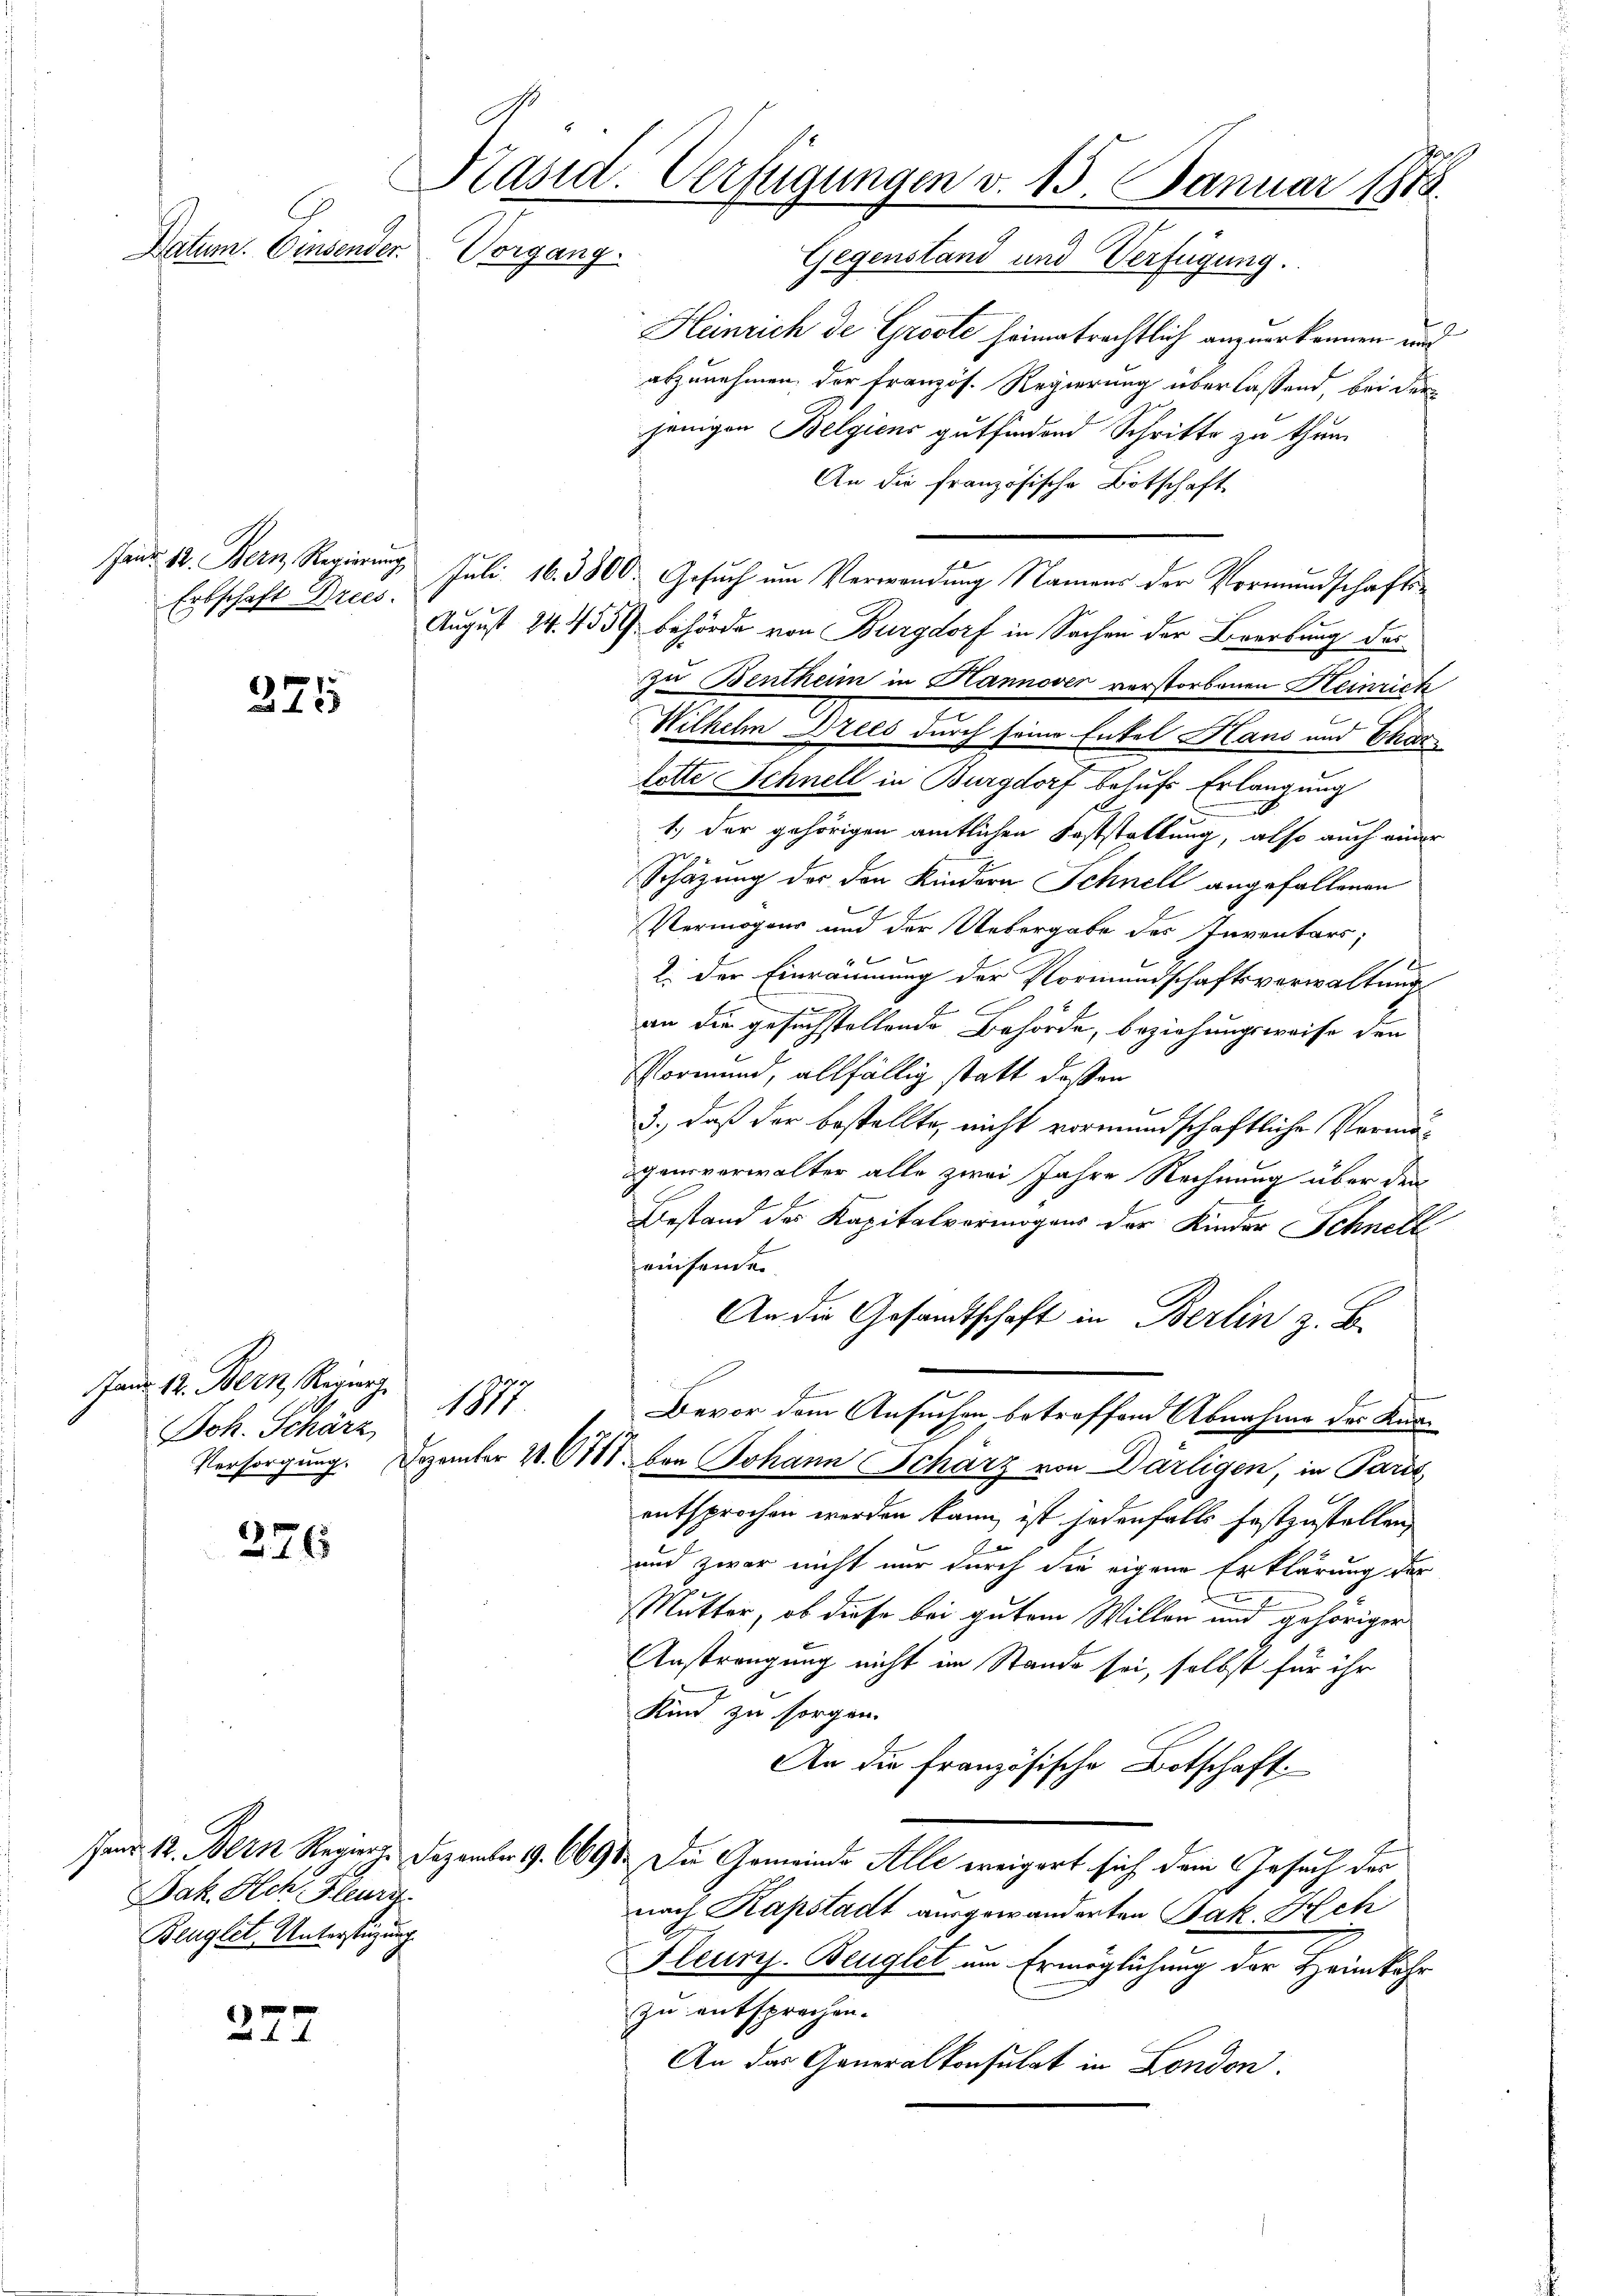
Datum. Einsender.

Erbschaft Dries.

375

Jan. 12. Bern, Regier
Joh. Schärz

276

Jak. Ich leurs
Benglete Unterstüzung

272

Päsid. Verfügungen v. 15. Januar 1810.
Vorgang.

Gegenstand und Verfügung.
Heinrich de Groole heimatrechtlich anzuerkennen und
abzunehmen, der französ. Regierung überlassend, bei der
jenigen Belgicus gutfindend Schritte zu thum
An die französische Botschaft
Janr. 18. Bern Regierung Juli 16. 3800. Gesuch um Verwendung Namens der Vormundschafts¬
August 24. 735. behörde von Burgdorf in Sachen der Beerbung des
zu Bentheim in Hannover verstorbenen Heinrich
Wilhelm Brees durch seine Entel Hans und Charlotte Schnell in Burgdorf behufs Erlangung
1.) Der gehörigen amtlichen Feststaltung, also auch einer
Schäzung des den Kindern Schnell angefallenen
Vermögens und der Uebergabe des Inventars,
2. der Einräumung der Vormundschaftsverwaltung
an die gesuchstellende Behörde, beziehungsweise der
Vormund, allfällig statt deßen
3., daß der bestellte, nicht vormundschaftliche Vermöögensverwalter alle zwei Jahre Rechnung über den
Bestand des Kapitalvermögens der Kinder Schnell
reisenden.
An die Gesandtschaft in Berlin z. B.
1.
Bevor dem Ansuchen betroffend Abnahme des Kur¬
Versorgung. Dezember 1. 611. den Johann Scharz von Därligen, in Paris
entsprochen werden kann, ist jedenfalls festzustellen,
und zwar nicht nur durch die eigene Erklärung der
Mutter, ob diese bei gutem Willen und gehöriger
Anstrengung nicht im Stande sei, selbst für ihr
Kind zu sorgen.
An die französische Botschaft
Jand 12. Bern Regier. Dezember 19. 6691. Die Gemeinde Alle ereigert sich dem Gesuch der
nach Kapstadt ausgewanderten Jak. Hch
Fleusis. Beuglet um Ermöglichung der Heimkehr
zu entsprechen.
An das Generalkonsulat in London.